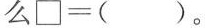
么□=( )。